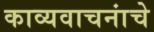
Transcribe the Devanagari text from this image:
काव्यवाचनांचे